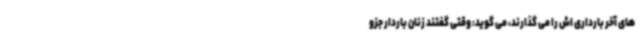
های آخر بارداری اش را می گذارند، می گوید: وقتی گفتند زنان باردار جزو